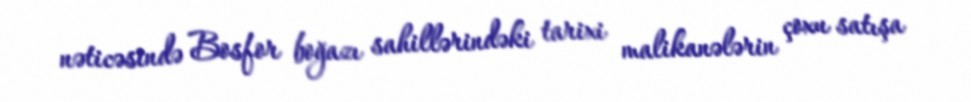
nəticəsində Bosfor boğazı sahillərindəki tarixi malikanələrin çoxu satışa